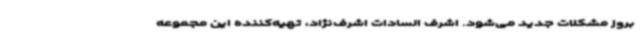
بروز مشکلات جدید می‌شود. اشرف السادات اشرف‌نژاد، تهیه‌کننده این مجموعه